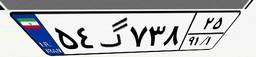
۵۴گ۷۳۸۲۵